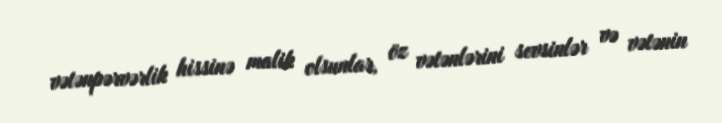
vətənpərvərlik hissinə malik olsunlar, öz vətənlərini sevsinlər və vətənin